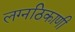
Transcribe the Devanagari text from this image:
लग्नठिकाणी